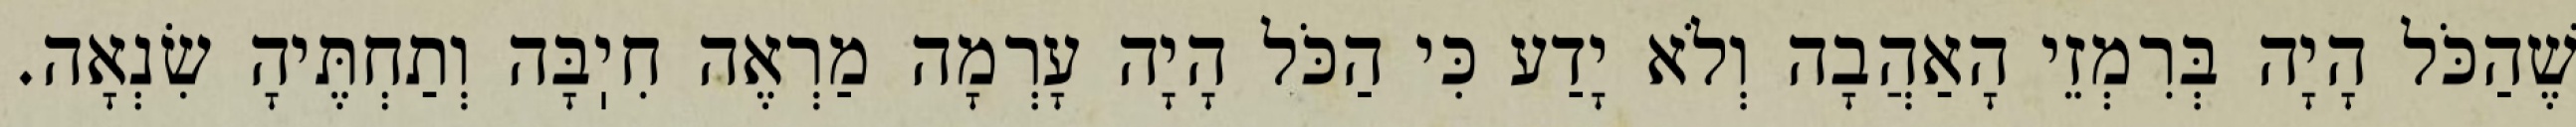
שֶׁהַכֹּל הָיָה בְּרִמְזֵי הָאַהֲבָה וְלֹא יָדַע כִּי הַכֹּל הָיָה עָרְמָה מַרְאֶה חִיֽבָּה וְתַחְתֶּיהָ שִׂנְאָה.